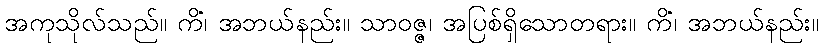
အကုသိုလ်သည်။ ကိံ၊ အဘယ်နည်း။ သာဝဇ္ဇ၊ အပြစ်ရှိသောတရား။ ကိံ၊ အဘယ်နည်း။